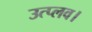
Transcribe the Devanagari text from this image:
उत्प्लव।